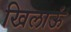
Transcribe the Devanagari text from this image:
खिलाऊं